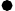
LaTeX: \bullet